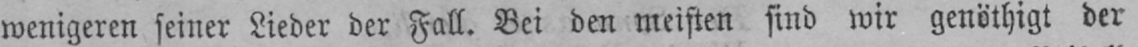
wenigeren seiner Lieder der Fall. Bei den meisten sind wir genöthigt der